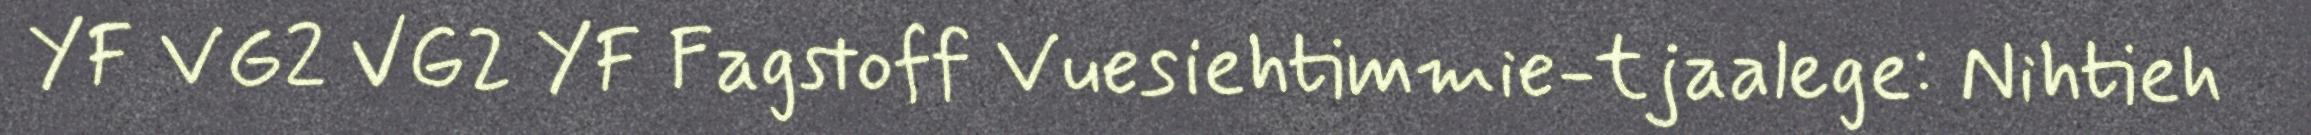
YF VG2 VG2 YF Fagstoff Vuesiehtimmie-tjaalege: Nihtieh